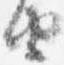
由